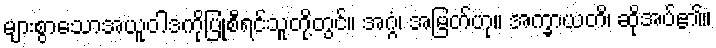
များစွာသောအယူဝါဒကိုပြုစီရင်သူတို့တွင်။ အဂ္ဂံ၊ အမြတ်ဟု။ အက္ခာယတိ၊ ဆိုအပ်၏။